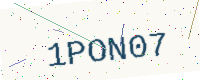
Text: 1PON07